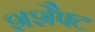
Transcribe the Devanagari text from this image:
शशैफ्ट